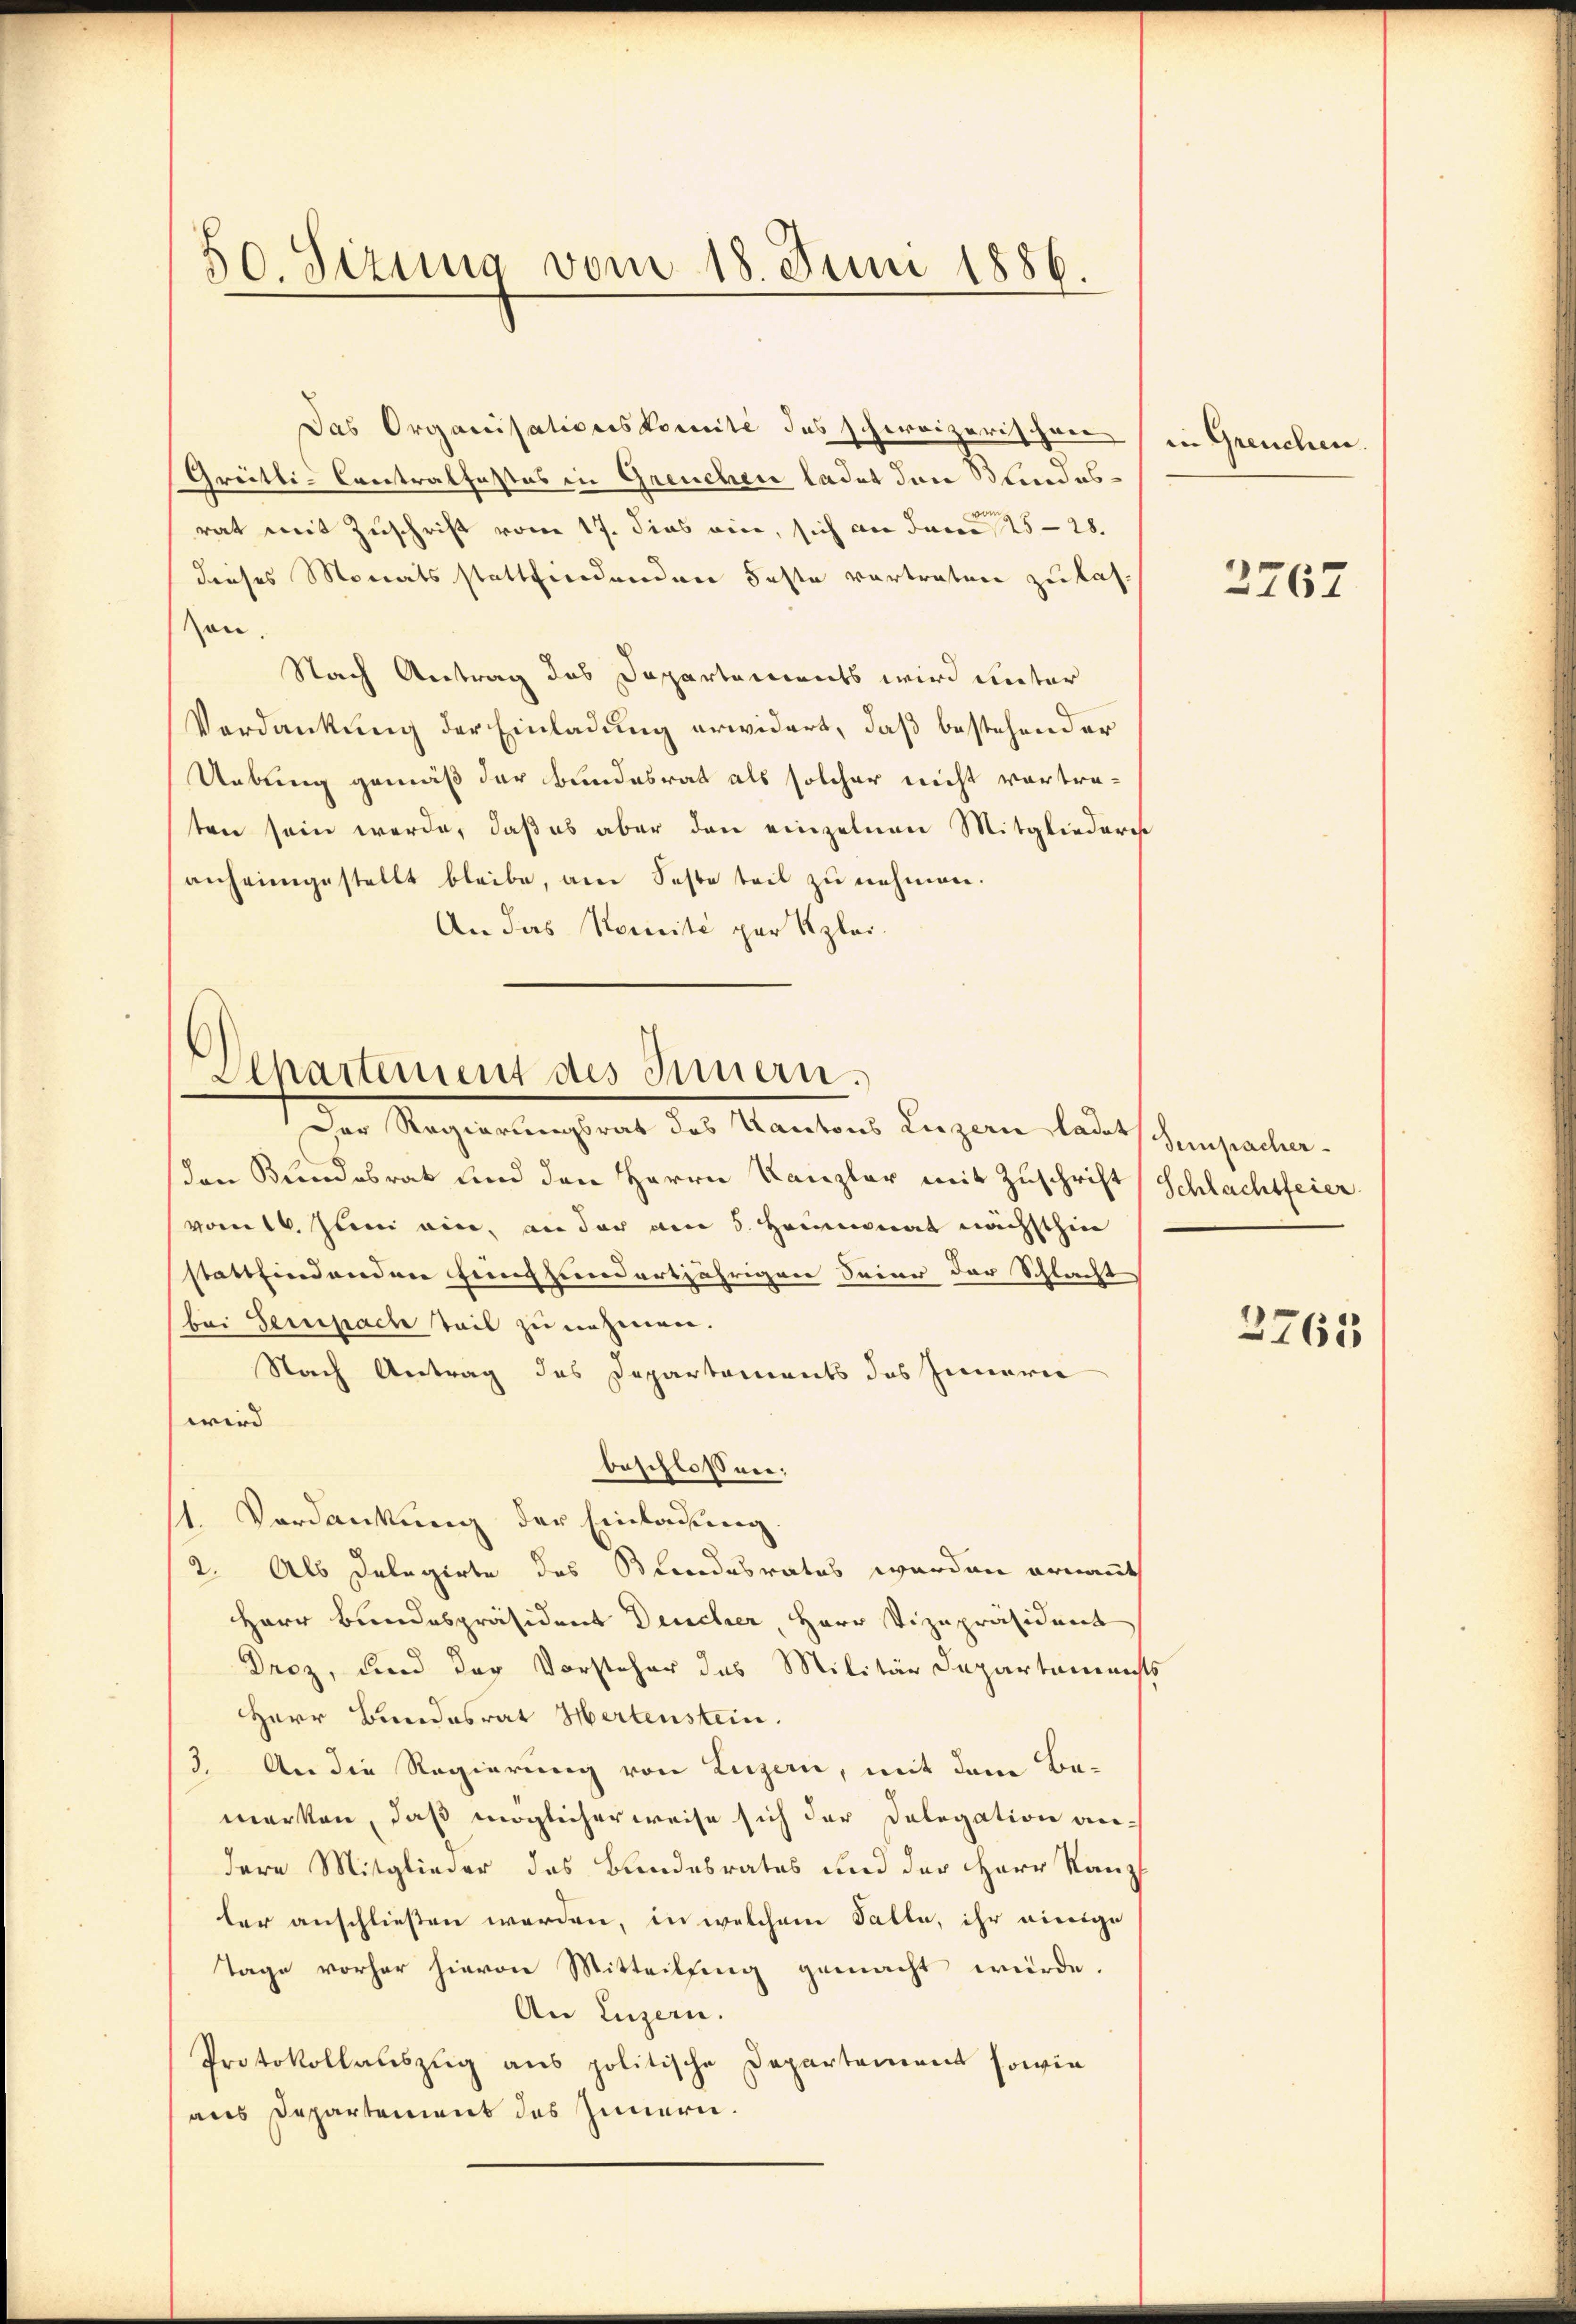
50 Sirung vom 18. Juni 1886.

Das Organisationskomité des schweizerischen in Greuchen.
Greitli-Contralfestes in Greuchere ladet den Blindesrat mit Zuschrift vom 17. dies vier, sich an Java 25-28.
dieses Monatsstattfindenden Faste vortraten zu lason
Nach Antrag das Departements wird unter
Verdankung der Einladung erwidert, daß bestehender
Uebung gemäß der Bundesrat als solcher nicht vortraten sein werde, daß es aber den einzelnen Mitgliederes
anheimgestellt bleibe, am Seste teil zu nehmen.
An das Nomité par Klei¬

Alhartement des Innern.

Der Magerechtet des Kantons Regien laut schenstalten.
den Bundesrat und den Herrn Kanzler mit Zuschrift, Schlachtfeier
vom 16. Juni ein, an der am 5. Heumonat nächsthin
stattfindenden Feinhundertjährigen Seiner der Schlacht
bei Sempach teil zu nehmen.
Nach Antrag des Departements das Inneren
wird
beschlossen.
1. Verdankung der Einladung.
2. Als Delegirte des Brandesrates werden ernannt
Herr Bundespräsident Deucher, Herr Vizepräsident
Droz, und der Vorsteher das Militär Departeme nichts
Herr Bundesrat Hertenstein.
3. An die Regierung von Luzern, mit dem Bemerken, daß möglicherweise sich der Delegation andere Mitglieder das Bundesrates und der Herr Kanz
ler anschließen werden, in welchem Falle, ihr einige
Tage vorher hievon Mitteilung gemacht würde.
An Luzern.
Protokollauszug aus politische Departement sowie
aus Departement des Innern.

2767

2763